Civil Veterinary Department Bengal reports 1933-51 - 1933-1951
Year: 1933
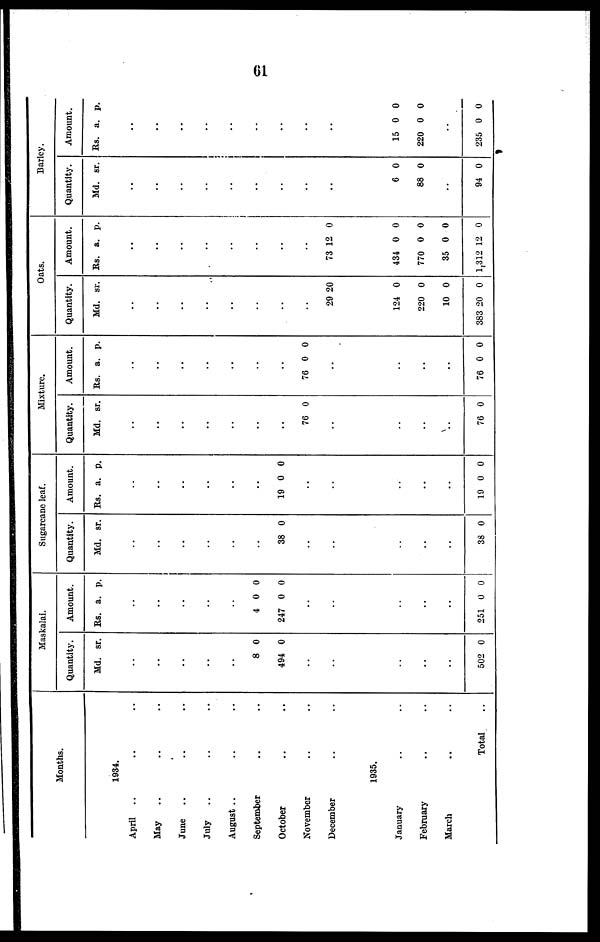
01
Months.
1934.
April .. .. ..
May.. .. ..
June .. .. ..
July .. .. ..
August .. .. ..
September .. ..
October .. ..
November .. ..
December .. ..
1935.
January .. ..
February .. ..
March .. ..
Total ..
Maskalai.
Quantity.
Md. sr.
..
..
..
..
..
8 0
494 0
..
..
..
..
..
502 0
Amount.
Rs. a. p.
..
..
..
..
..
4 0 0
247 0 0
..
..
..
..
..
251 0 0
Sugarcane leaf.
Quantity.
Md. sr.
..
..
..
..
..
..
38 0
..
..
..
..
..
38 0
Amount.
Rs. a. p.
..
..
..
..
..
..
19 0 0
..
..
..
.. ..
..
19 0 0
Mixture.
Quantity.
Md. sr.
..
..
..
..
..
..
..
76 0
..
..
..
..
76 0
Amount.
Rs. a. p.
..
..
..
..
..
..
..
76 0 0
..
..
..
..
76 0 0
Oats.
Quantity.
Md. sr.
..
..
..
..
..
..
..
..
29 20
124 0
220 0
10 0
383 20 0
Amount.
Rs. a. p.
..
..
..
..
..
..
..
..
73 12 0
434 0 0
770 0 0
35 0 0
1,312 12 0
Barley.
Quantity.
Md. sr.
..
..
..
..
..
..
..
..
..
6 0
88 0
..
94 0
Amount.
Rs. a. p.
..
..
..
..
..
..
..
..
..
15 0 0
220 0 0
..
235 0 0